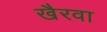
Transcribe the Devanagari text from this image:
खैरवा